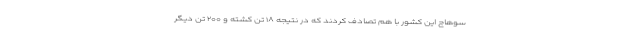
سوهاج این کشور با هم تصادف کردند که در نتیجه ۱۸ تن کشته و ۲۰۰ تن دیگر